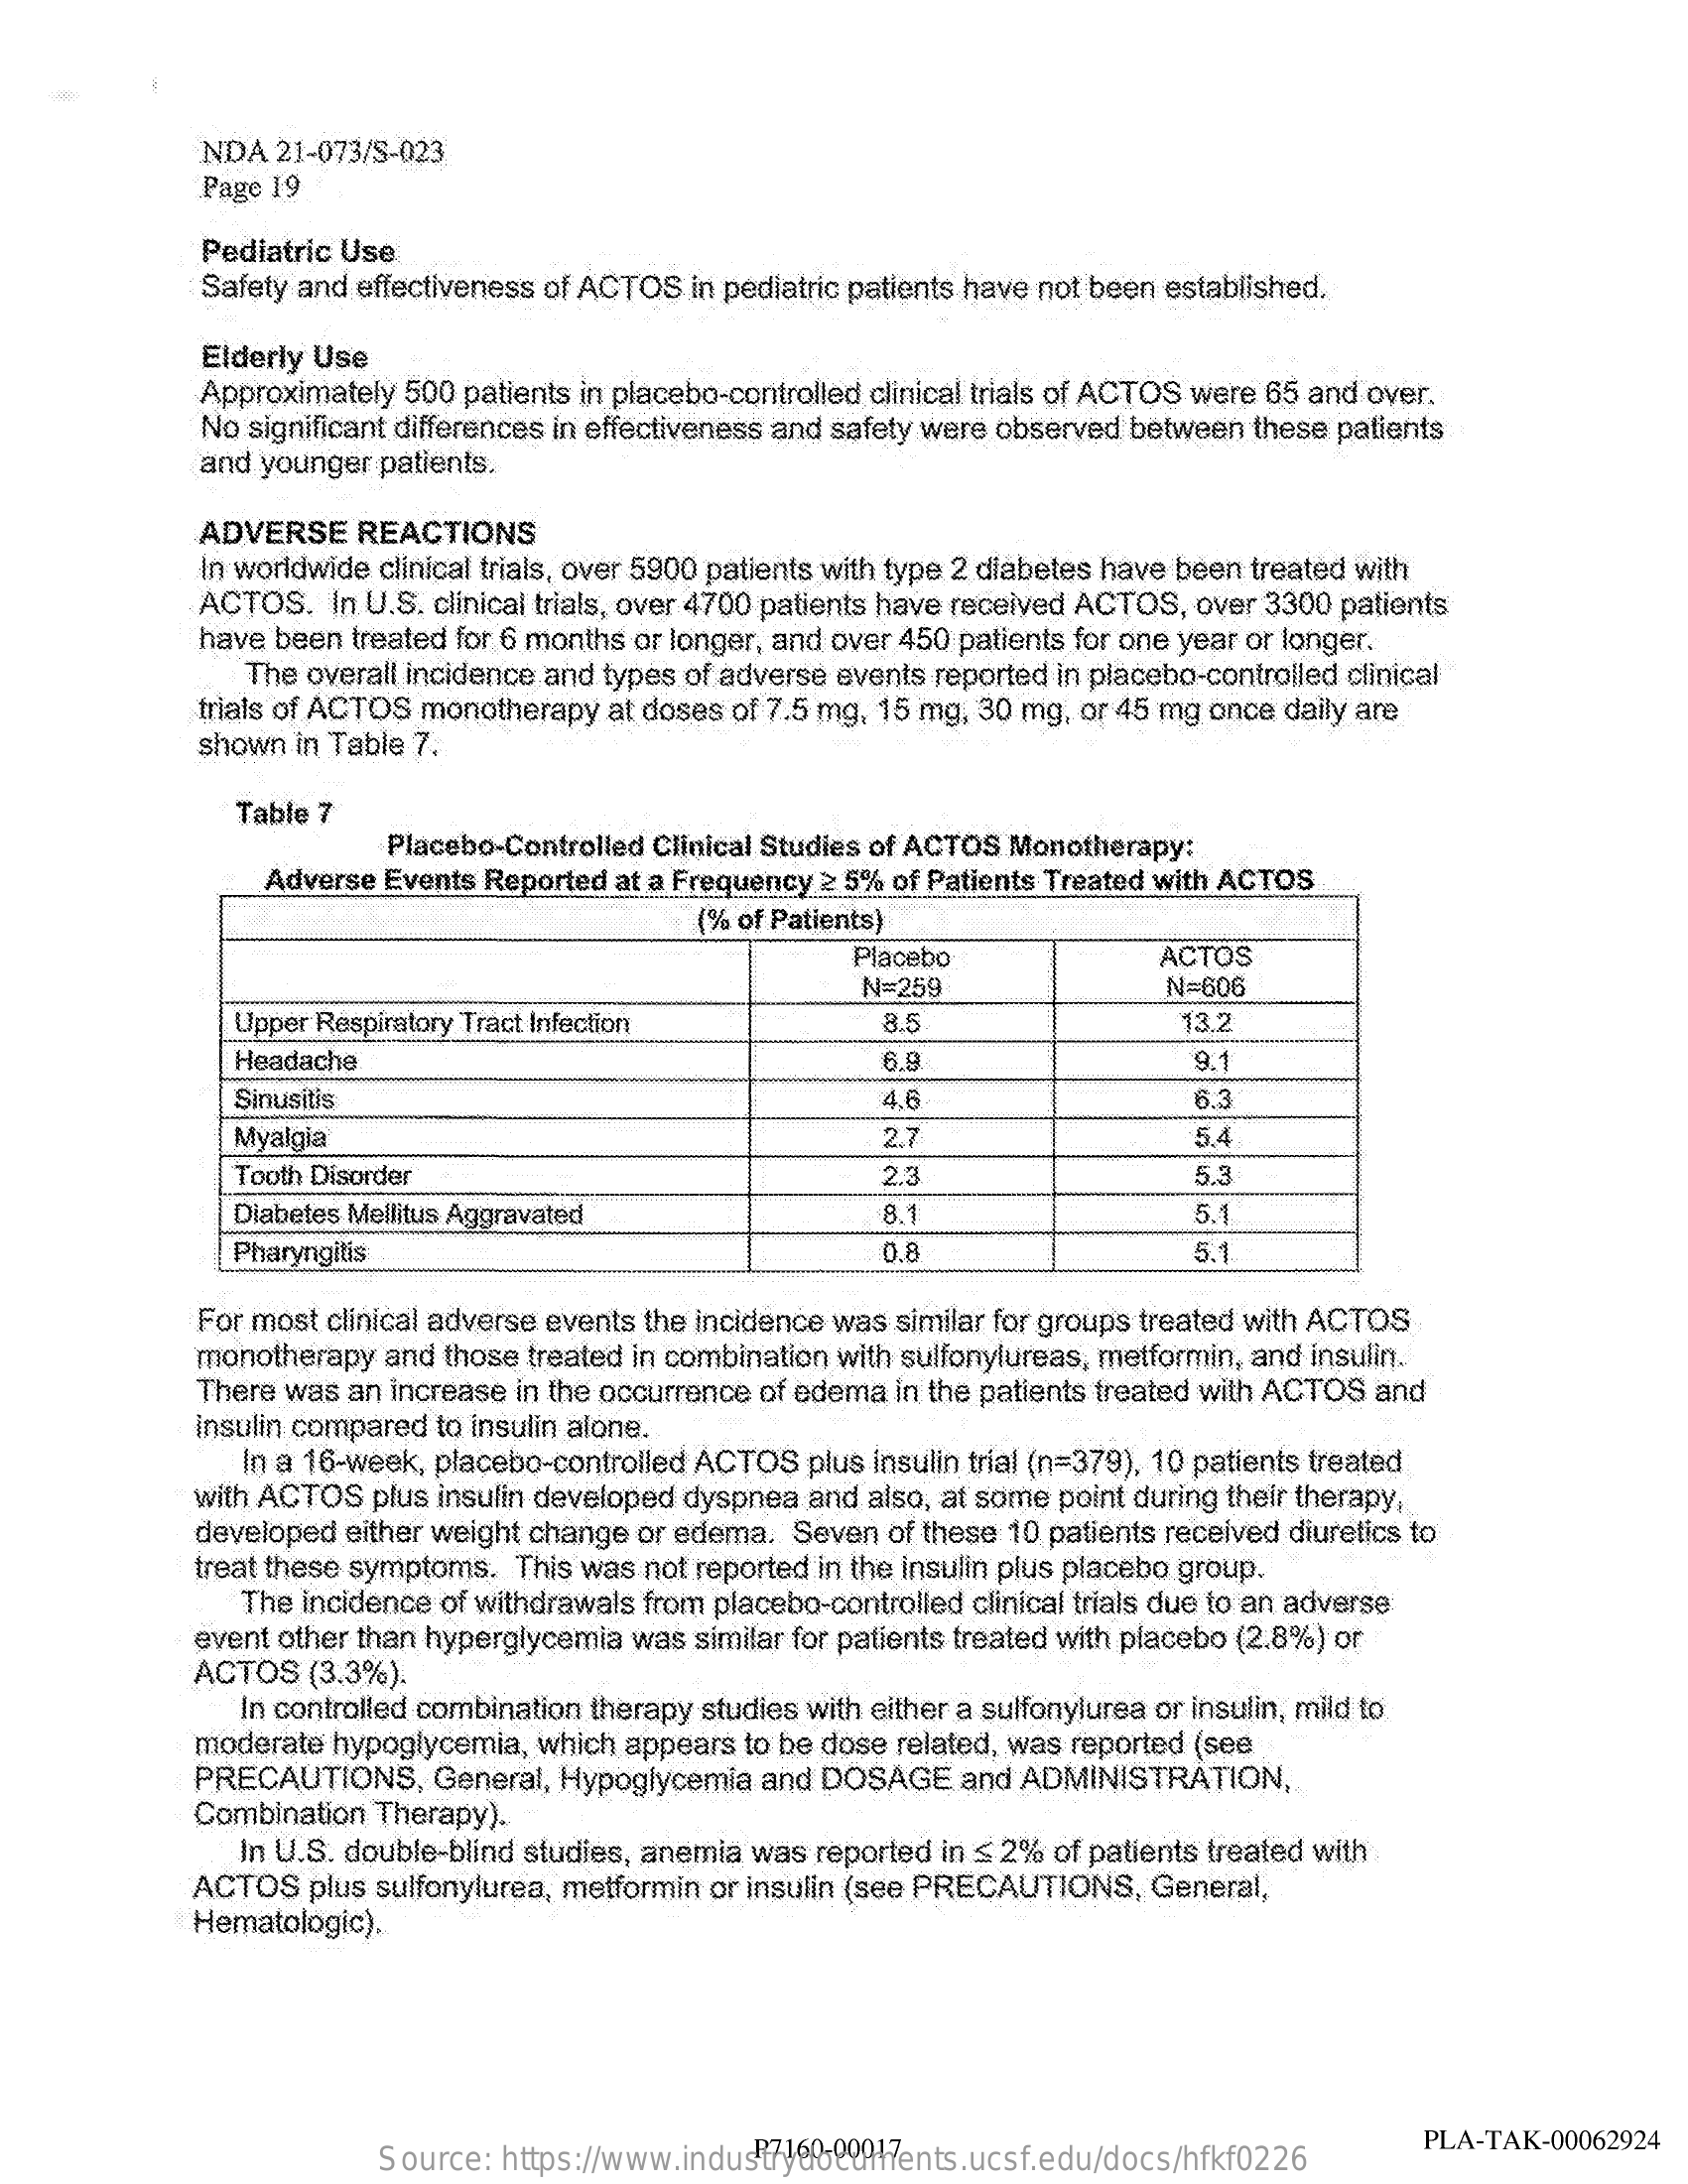
NDA  21-073/S-023
     Page 19
     Pediatric Use
     Safety and effectiveness of ACTOS in pediatric patients have not been established.
     Elderly Use
     Approximately 500 patients in placebo-controlled clinical trials of ACTOS were 65 and over.
     No significant differences in effectiveness and safety were observed between these patients
     and younger patients.
     ADVERSE   REACTIONS
     In worldwide clinical trials, over 5900 patients with type 2 diabetes have been treated with
     ACTOS.  In U.S. clinical trials, over 4700 patients have received ACTOS, over 3300 patients
     have been treated for 6 months or longer, and over 450 patients for one year or longer.
     The overall incidence and types of adverse events reported in placebo-controlled clinical
     trials of ACTOS monotherapy at doses of 7.5 mg, 15 mg, 30 mg, or 45 mg once daily are
     shown in Table 7.
     Table 7
     Placebo-Controlled Clinical Studies of ACTOS Monotherapy:
     Adverse Events Reported at a Frequency 2 5% of Patients Treated with ACTOS
     (% of Patients)
     Placebo    ACTOS
     N=259    N=606
     Upper Respiratory Tract Infection    8.5    13.2
     Headache    6.9    9.
     Sinusitis    4.6    6.3
     Myalgia    2.7    5.4
     Tooth Disorder    2.3    5.3
     Diabetes Mellitus Aggravated    8.1    5.
     Pharyngitis    0.8    5.1
     For most clinical adverse events the incidence was similar for groups treated with ACTOS
     monotherapy  and those treated in combination with sulfonylureas, metformin, and insulin.
     There was an increase in the occurrence of edema in the patients treated with ACTOS and
     insulin compared to insulin alone.
     In a 16-week, placebo-controlled ACTOS plus insulin trial (n=379), 10 patients treated
     with ACTOS  plus insulin developed dyspnea and also, at some point during their therapy,
     developed either weight change or edema. Seven of these 10 patients received diuretics to
     treat these symptoms. This was not reported in the insulin plus placebo group.
     The incidence of withdrawals from placebo-controlled clinical trials due to an adverse
     ACTOS   (3.3%).
     event other than hyperglycemia was similar for patients treated with placebo (2.8%) or
     In controlled combination therapy studies with either a sulfonylurea or insulin, mild to
     moderate hypoglycemia, which appears to be dose related, was reported (see
     PRECAUTIONS,    General, Hypoglycemia and DOSAGE    and ADMINISTRATION,
     Combination Therapy).
     In U.S. double-blind studies, anemia was reported in < 2% of patients treated with
     ACTOS   plus sulfonylurea, metformin or insulin (see PRECAUTIONS, General,
     Hematologic).
     Source: https://www.industrydocuments.ucsf.edu/docs/hfkf0226 P7160-00017 PLA-TAK-00062924